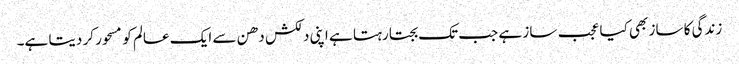
زندگی کا ساز بھی کیا عجب ساز ہے جب تک بجتا رہتا ہے اپنی دلکش دھن سے ایک عالم کو مسحور کر دیتا ہے۔